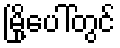
မြို့ပေါ်တွင်